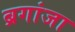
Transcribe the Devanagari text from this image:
ब्रगांजा